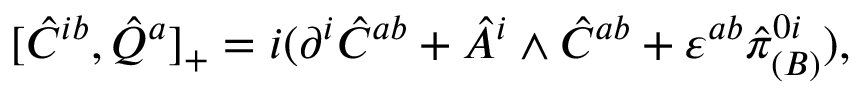
[ \hat { C } ^ { i b } , \hat { Q } ^ { a } ] _ { + } = i ( \partial ^ { i } \hat { C } ^ { a b } + \hat { A } ^ { i } \wedge \hat { C } ^ { a b } + \varepsilon ^ { a b } \hat { \pi } _ { ( B ) } ^ { 0 i } ) ,